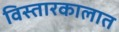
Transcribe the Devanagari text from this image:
विस्तारकालात